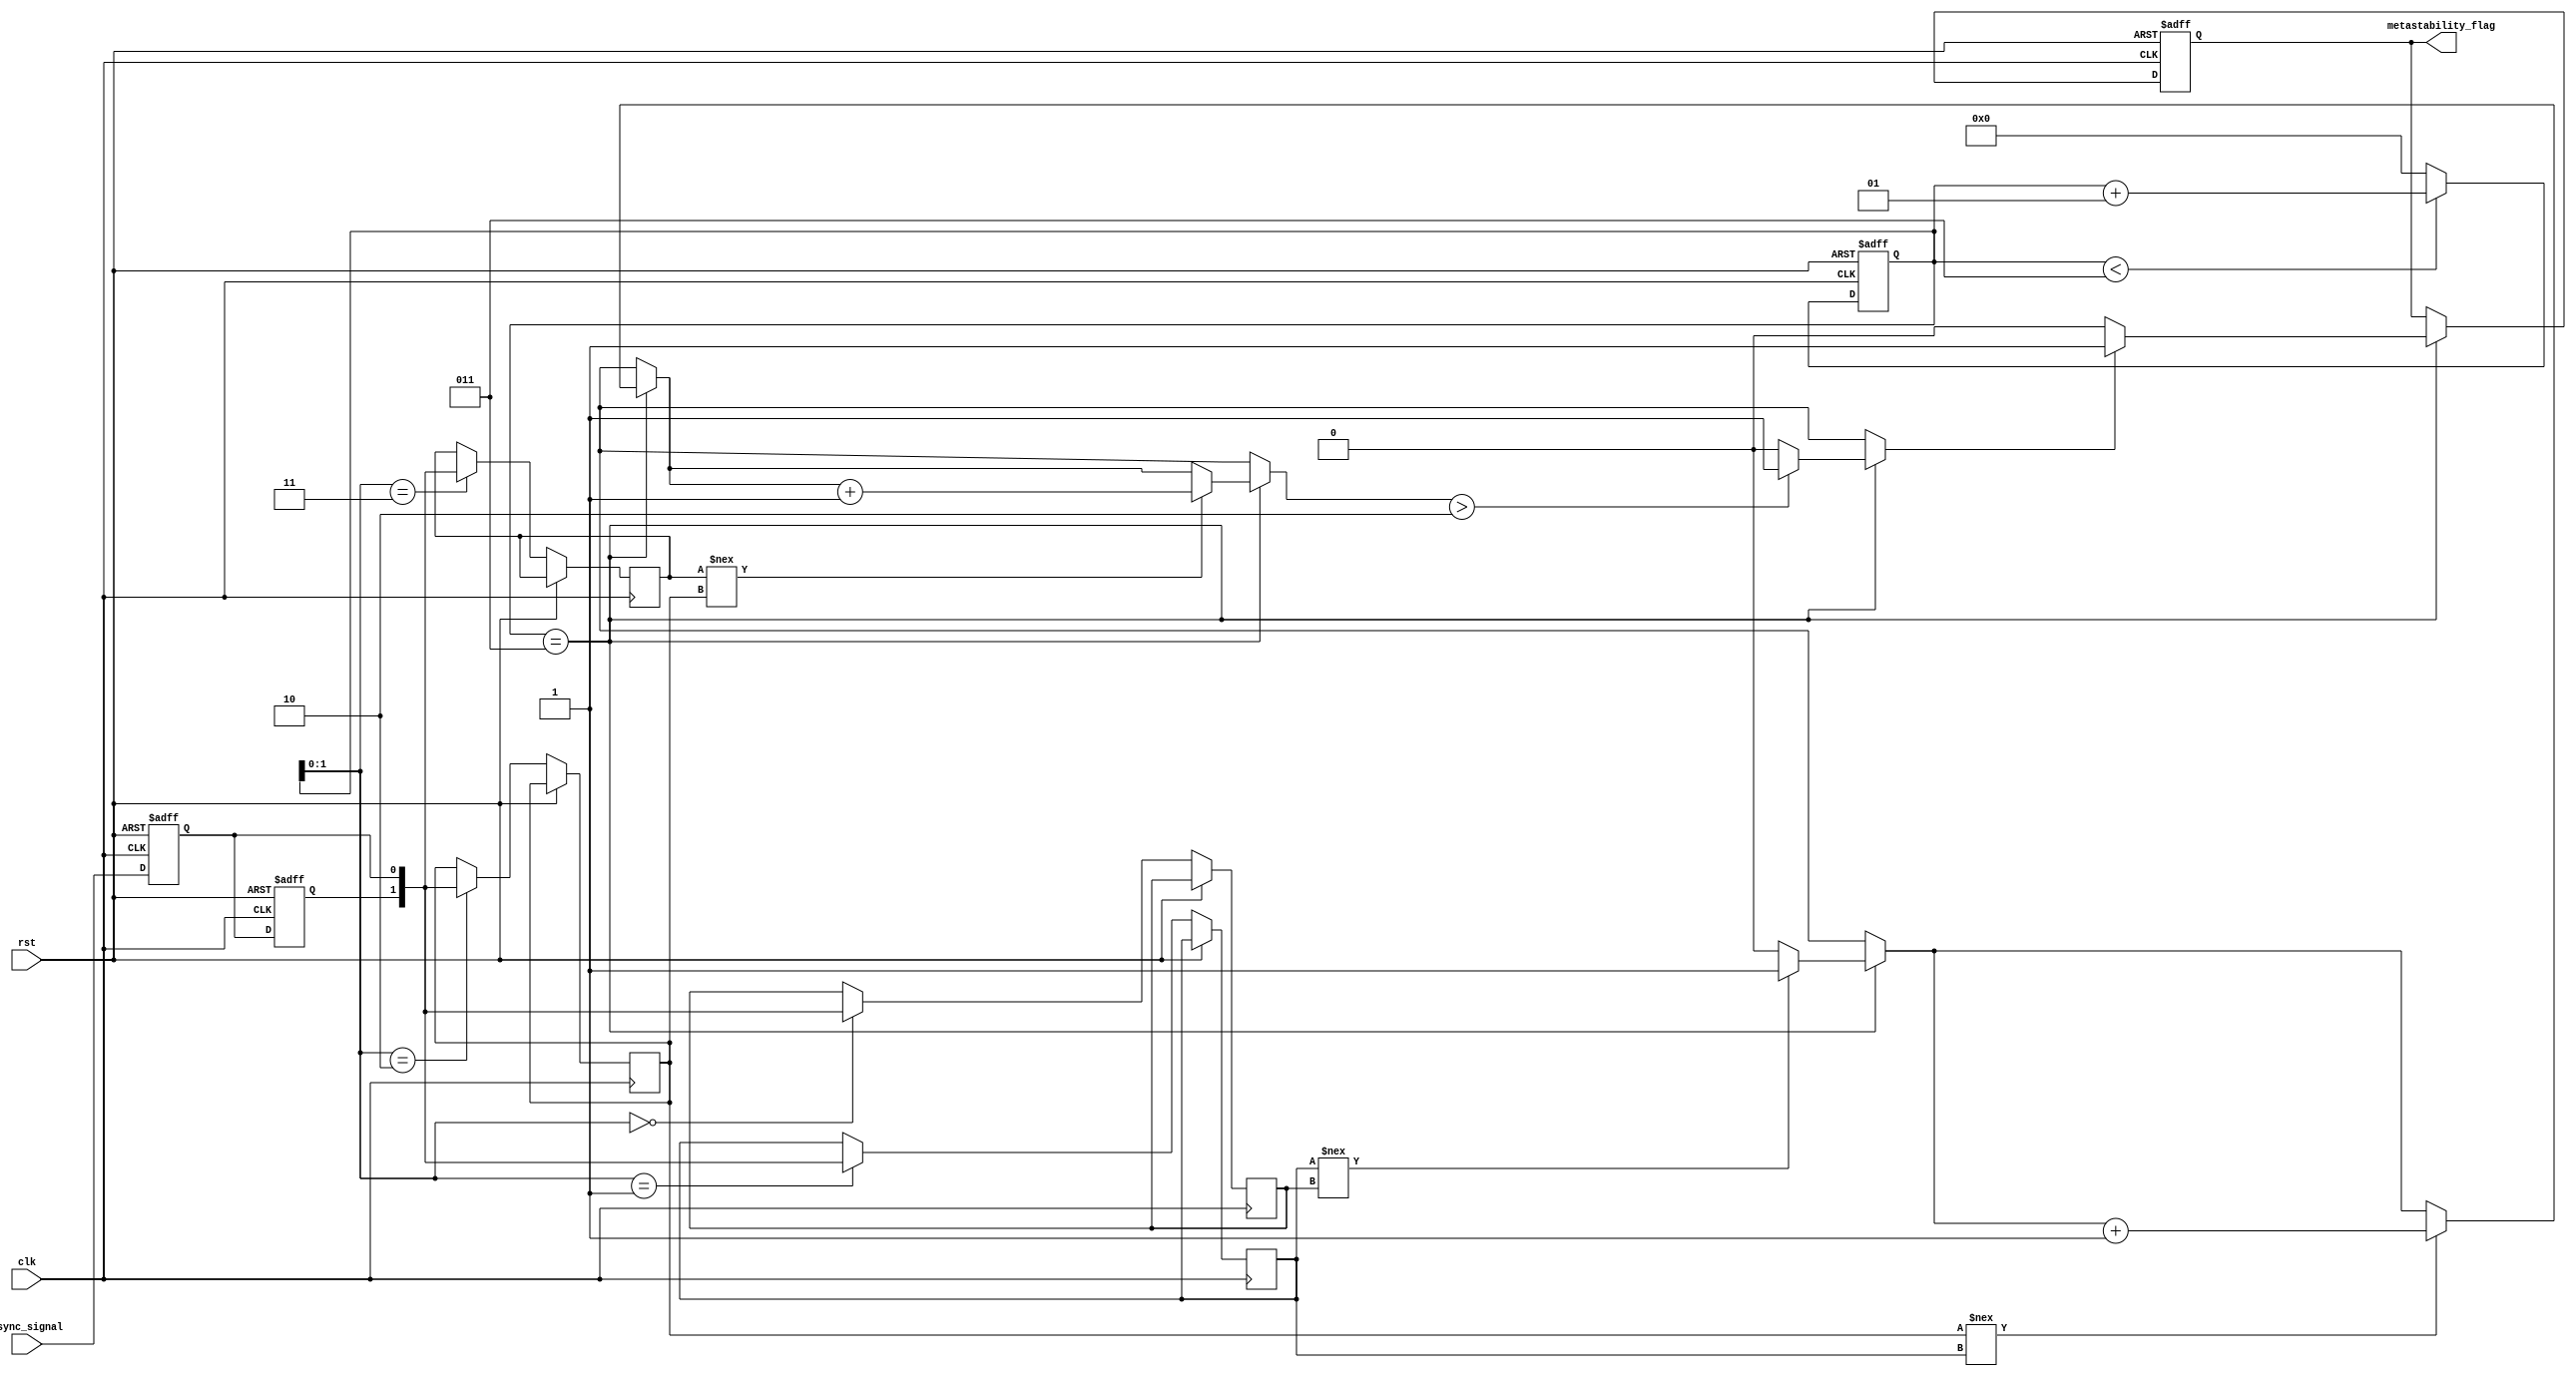
module metastability_detector (
    input wire clk,                  // Clock input
    input wire rst,                  // Reset input
    input wire async_signal,         // Asynchronous signal to monitor
    output reg metastability_flag     // Output flag for metastability condition
);

    // Parameters
    parameter NUM_SAMPLES = 4;      // Number of samples to check for metastability
    parameter THRESHOLD = NUM_SAMPLES / 2; // Threshold for detection

    // Latch outputs
    reg latch1, latch2;

    // Memory block (register array) to store latch outputs
    reg [1:0] samples [0:NUM_SAMPLES-1];
    integer sample_index;

    // Latch behavior
    always @(posedge clk or posedge rst) begin
        if (rst) begin
            latch1 <= 1'b0;
            latch2 <= 1'b0;
            metastability_flag <= 1'b0;
            sample_index <= 0;
        end else begin
            latch1 <= async_signal;    // Sample async signal into latch 1
            latch2 <= latch1;          // Sample latch 1 into latch 2

            // Store the output of latch2 in memory
            samples[sample_index] <= {latch2, latch1};

            // Move to the next index, wrap around if needed
            if (sample_index < NUM_SAMPLES - 1) begin
                sample_index <= sample_index + 1;
            end else begin
                sample_index <= 0;
            end

            // Checking metastability condition
            if (sample_index == NUM_SAMPLES - 1) begin
                if (check_metastability()) begin
                    metastability_flag <= 1'b1;
                end else begin
                    metastability_flag <= 1'b0;
                end
            end
        end
    end

    // Function to check the metastability condition
    function check_metastability;
        integer i;
        reg [1:0] last_sample;
        reg unstable_count;
        
        unstable_count = 0;
        last_sample = samples[0];

        for (i = 1; i < NUM_SAMPLES; i = i + 1) begin
            if (samples[i] !== last_sample) begin
                unstable_count = unstable_count + 1;
            end
            last_sample = samples[i];
        end
        
        // Check if instability exceeds the threshold
        if (unstable_count > THRESHOLD) begin
            check_metastability = 1;
        end else begin
            check_metastability = 0;
        end
    endfunction

endmodule